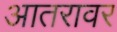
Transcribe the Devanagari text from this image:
आतरावर